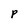
Character: p